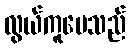
လွယ်ကူပေသည်